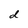
Character: d